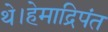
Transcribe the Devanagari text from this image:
थे।हेमाद्रिपंत